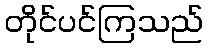
တိုင်ပင်ကြသည်